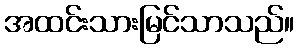
အထင်းသားမြင်သာသည်။